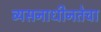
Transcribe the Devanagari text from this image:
व्यसनाधीनतेचा